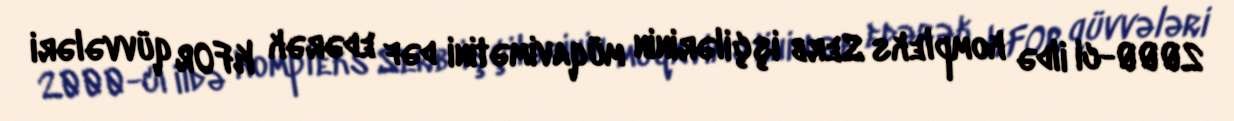
2000-ci ildə kompleks Serb işçilərinin müqavimətini dəf edərək KFOR qüvvələri